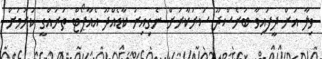
ވިލާ އަށް ދީފައިވާ ބަރެސްދޫ ސަރުކާރަށް ނެގިއިރު ކާޑެއްދޫ އެއާޕޯޓް ތަރައްގީ ކުރުމަށް